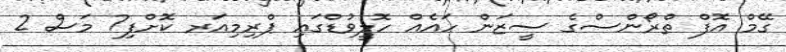
ގޭމް އޮފް ތްރޯންސްގެ ސީޒަން ހައެއް ހޮލީވުޑްގައި ޕްރިމިއަރ ކޮށްފި7 މަސް 2